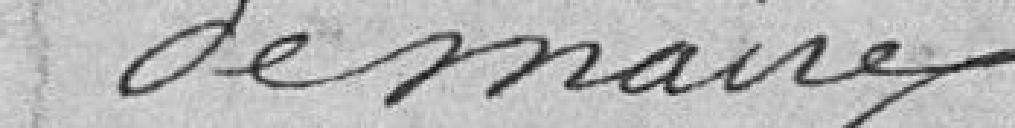
de maire